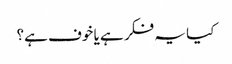
کیا یہ فکر ہے یا خوف ہے؟